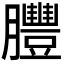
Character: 𦣂